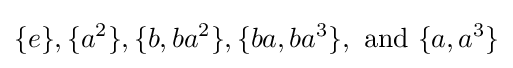
\{e\},\{a^{2}\},\{b,ba^{2}\},\{ba,ba^{3}\},{\text{ and }}\{a,a^{3}\}